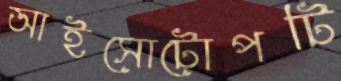
আইসোটোপটি